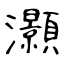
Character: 灝